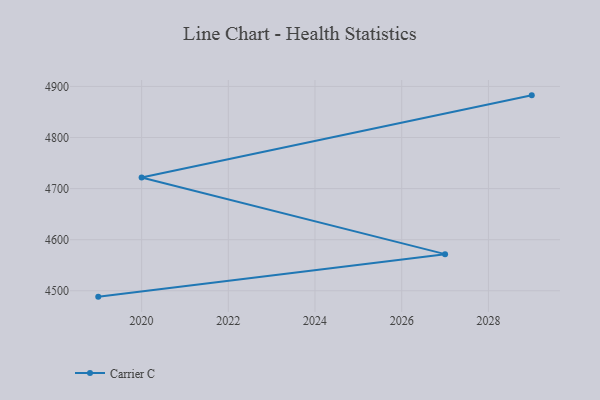
{"axis": {"x": "Year", "y": "Waste Production (Tons)"}, "legend": ["Carrier C"], "data": [{"x": "2019", "y": 4488.5, "type": "Carrier C"}, {"x": "2027", "y": 4571.7, "type": "Carrier C"}, {"x": "2020", "y": 4721.6, "type": "Carrier C"}, {"x": "2029", "y": 4882.5, "type": "Carrier C"}]}